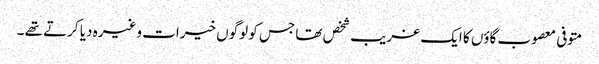
متوفی معصوب گاؤں کا ایک غریب شخص تھا جس کو لوگوں خیرات وغیرہ دیا کرتے تھے ۔